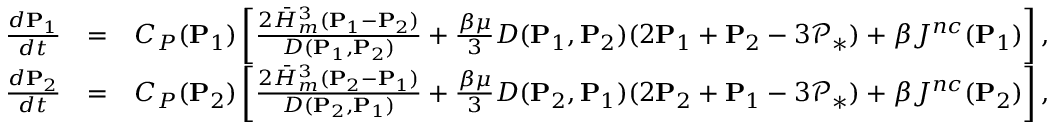
\begin{array} { r l r } & { } & \\ { \frac { d \mathbf { P } _ { 1 } } { d t } } & { = } & { C _ { P } ( \mathbf { P } _ { 1 } ) \left[ \frac { 2 \bar { H } _ { m } ^ { 3 } ( \mathbf { P } _ { 1 } - \mathbf { P } _ { 2 } ) } { D ( \mathbf { P } _ { 1 } , \mathbf { P } _ { 2 } ) } + { \frac { \beta \mu } { 3 } } D ( \mathbf { P } _ { 1 } , \mathbf { P } _ { 2 } ) ( 2 \mathbf { P } _ { 1 } + \mathbf { P } _ { 2 } - 3 \mathcal { P } _ { * } ) + \beta J ^ { n c } ( \mathbf { P } _ { 1 } ) \right] , } \\ { \frac { d \mathbf { P } _ { 2 } } { d t } } & { = } & { C _ { P } ( \mathbf { P } _ { 2 } ) \left[ \frac { 2 \bar { H } _ { m } ^ { 3 } ( \mathbf { P } _ { 2 } - \mathbf { P } _ { 1 } ) } { D ( \mathbf { P } _ { 2 } , \mathbf { P } _ { 1 } ) } + { \frac { \beta \mu } { 3 } } D ( \mathbf { P } _ { 2 } , \mathbf { P } _ { 1 } ) ( 2 \mathbf { P } _ { 2 } + \mathbf { P } _ { 1 } - 3 \mathcal { P } _ { * } ) + \beta J ^ { n c } ( \mathbf { P } _ { 2 } ) \right] , } \end{array}